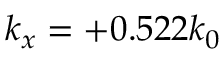
k _ { x } = + 0 . 5 2 2 k _ { 0 }